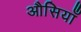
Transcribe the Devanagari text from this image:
औसियाँ